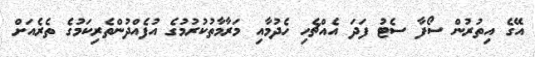
އޭގެ އިތުރުން ސޯފާ ސެޓު ފަދަ އެއްޗެހި ހެދުމާއި މަރާމާތުކުރުމުގެ އުފެއްދުންތެރިކަމުގެ ތެރެއަށް